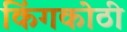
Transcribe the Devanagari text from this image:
किंगकोठी